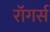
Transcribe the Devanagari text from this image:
रॉगर्स